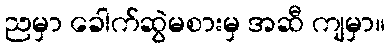
ညမှာ ခေါက်ဆွဲမစားမှ အဆီ ကျမှာ။